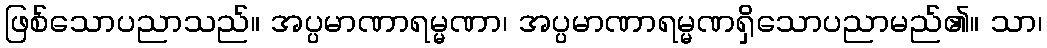
ဖြစ်သောပညာသည်။ အပ္ပမာဏာရမ္မဏာ၊ အပ္ပမာဏာရမ္မဏရှိသောပညာမည်၏။ သာ၊